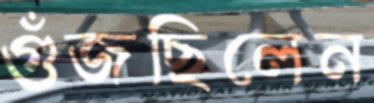
গুঁজছিলেন